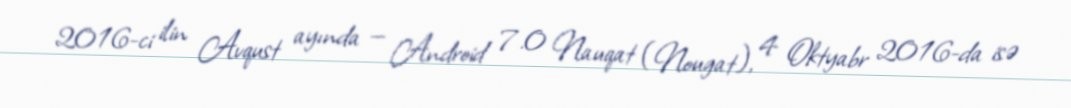
2016-ci ilin Avqust ayında — Android 7.0 Nauqat (Nougat), 4 Oktyabr 2016-da isə